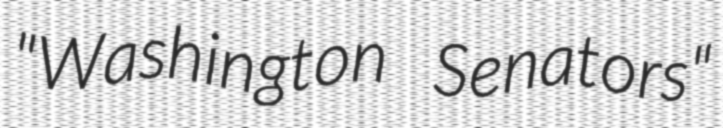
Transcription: "Washington Senators"